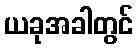
ယခုအခါတွင်